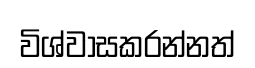
විශ්වාසකරන්නත්